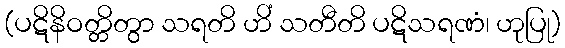
(ပဋိနိဝတ္တိတွာ သရတိ ဟိံ သတီတိ ပဋိသရဏံ၊ ဟုပြု)